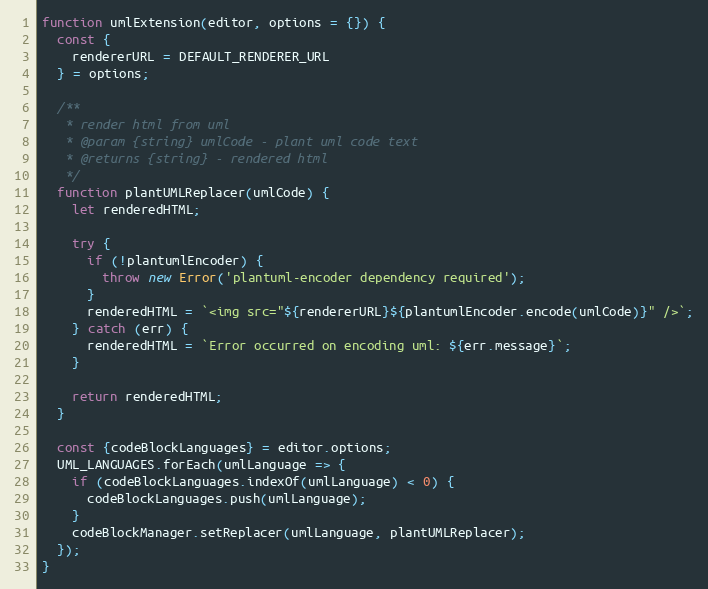
Language: JavaScript
function umlExtension(editor, options = {}) {
  const {
    rendererURL = DEFAULT_RENDERER_URL
  } = options;

  /**
   * render html from uml
   * @param {string} umlCode - plant uml code text
   * @returns {string} - rendered html
   */
  function plantUMLReplacer(umlCode) {
    let renderedHTML;

    try {
      if (!plantumlEncoder) {
        throw new Error('plantuml-encoder dependency required');
      }
      renderedHTML = `<img src="${rendererURL}${plantumlEncoder.encode(umlCode)}" />`;
    } catch (err) {
      renderedHTML = `Error occurred on encoding uml: ${err.message}`;
    }

    return renderedHTML;
  }

  const {codeBlockLanguages} = editor.options;
  UML_LANGUAGES.forEach(umlLanguage => {
    if (codeBlockLanguages.indexOf(umlLanguage) < 0) {
      codeBlockLanguages.push(umlLanguage);
    }
    codeBlockManager.setReplacer(umlLanguage, plantUMLReplacer);
  });
}